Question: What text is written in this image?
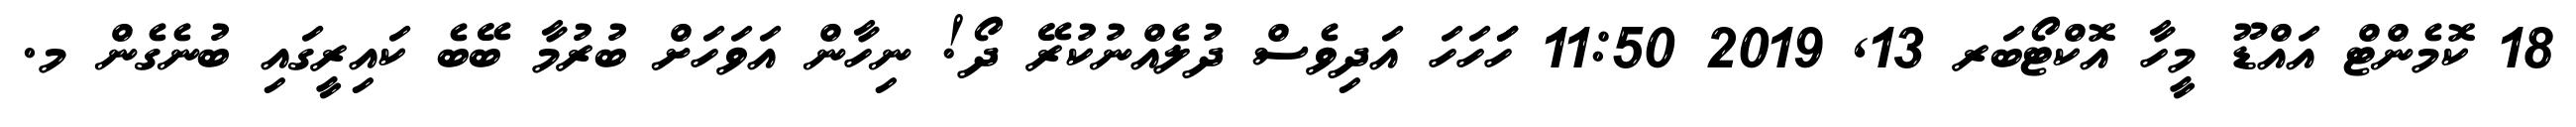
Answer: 18 ކޮމެންޓް އައްޑޫ މީހާ އޮކްޓޯބަރ 13, 2019 11:50 ހަަަހަހަ އަދިވެސް ދުލެއްނުކުރޭ ދޯ! ނިހާން އަވަހަށް ބުރުމާ ބޭބެ ކައިރީގައި ބުނެގެން މ.